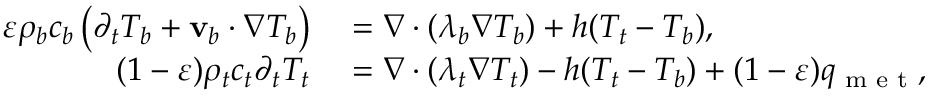
\begin{array} { r l } { \varepsilon \rho _ { b } c _ { b } \left( \partial _ { t } T _ { b } + \mathbf v _ { b } \cdot \nabla T _ { b } \right) } & { { } = \nabla \cdot ( \lambda _ { b } \nabla T _ { b } ) + h ( T _ { t } - T _ { b } ) , } \\ { ( 1 - \varepsilon ) \rho _ { t } c _ { t } \partial _ { t } T _ { t } } & { { } = \nabla \cdot ( \lambda _ { t } \nabla T _ { t } ) - h ( T _ { t } - T _ { b } ) + ( 1 - \varepsilon ) q _ { \textrm { m e t } } , } \end{array}